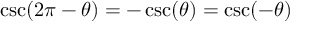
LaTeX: \csc ( 2 \pi - \theta ) = - \csc ( \theta ) = \csc ( - \theta )